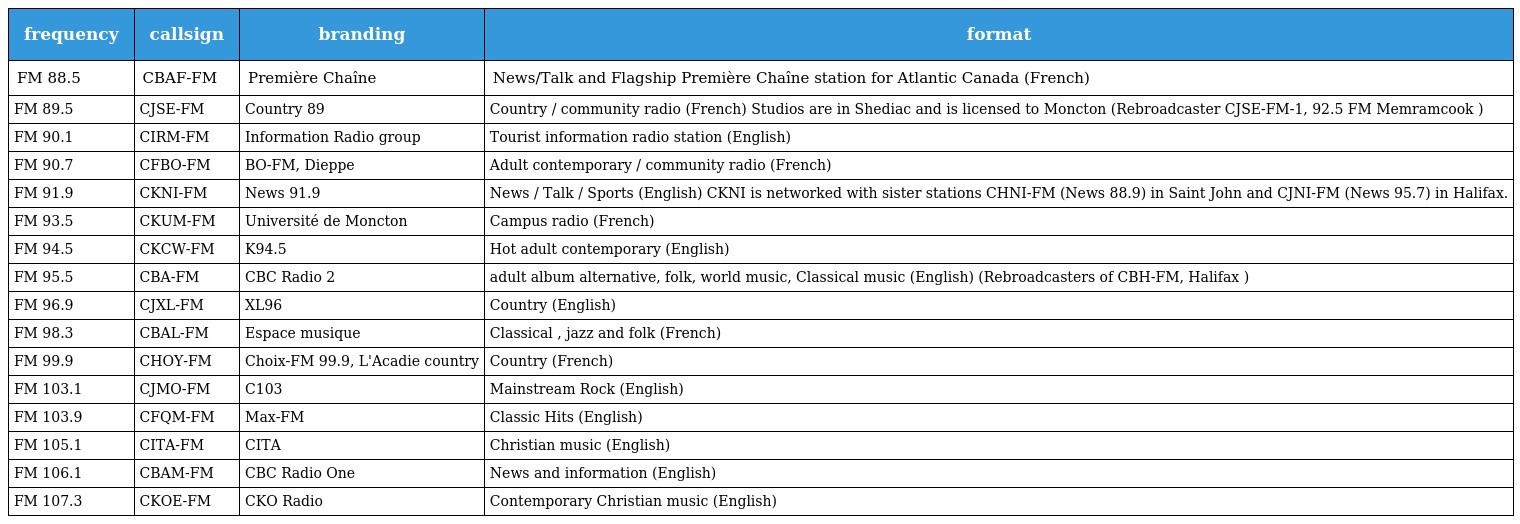
| frequency | callsign | branding | format |
 | --- | --- | --- | --- |
 | FM 88.5 | CBAF-FM | Première Chaîne | News/Talk and Flagship Première Chaîne station for Atlantic Canada (French) |
 | FM 89.5 | CJSE-FM | Country 89 | Country / community radio (French) Studios are in Shediac and is licensed to Moncton (Rebroadcaster CJSE-FM-1, 92.5 FM Memramcook ) |
 | FM 90.1 | CIRM-FM | Information Radio group | Tourist information radio station (English) |
 | FM 90.7 | CFBO-FM | BO-FM, Dieppe | Adult contemporary / community radio (French) |
 | FM 91.9 | CKNI-FM | News 91.9 | News / Talk / Sports (English) CKNI is networked with sister stations CHNI-FM (News 88.9) in Saint John and CJNI-FM (News 95.7) in Halifax. |
 | FM 93.5 | CKUM-FM | Université de Moncton | Campus radio (French) |
 | FM 94.5 | CKCW-FM | K94.5 | Hot adult contemporary (English) |
 | FM 95.5 | CBA-FM | CBC Radio 2 | adult album alternative, folk, world music, Classical music (English) (Rebroadcasters of CBH-FM, Halifax ) |
 | FM 96.9 | CJXL-FM | XL96 | Country (English) |
 | FM 98.3 | CBAL-FM | Espace musique | Classical , jazz and folk (French) |
 | FM 99.9 | CHOY-FM | Choix-FM 99.9, L'Acadie country | Country (French) |
 | FM 103.1 | CJMO-FM | C103 | Mainstream Rock (English) |
 | FM 103.9 | CFQM-FM | Max-FM | Classic Hits (English) |
 | FM 105.1 | CITA-FM | CITA | Christian music (English) |
 | FM 106.1 | CBAM-FM | CBC Radio One | News and information (English) |
 | FM 107.3 | CKOE-FM | CKO Radio | Contemporary Christian music (English) |